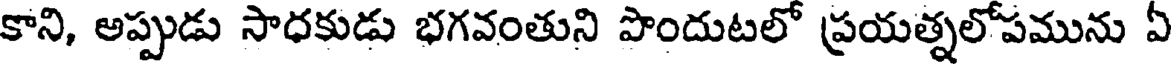
కాని, అప్పుడు సాధకుడు భగవంతుని పొందుటలో ప్రయత్నలోపమును ఏ